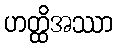
ဟတ္ထိအဿာ